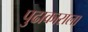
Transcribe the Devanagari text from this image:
पुढाकाराला